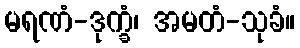
မရဏံ-ဒုက္ခံ၊ အမတံ-သုခံ။